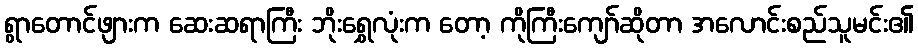
ရွာတောင်ဖျားက ဆေးဆရာကြီး ဘိုးရွှေလုံးက တော့ ကိုကြီးကျော်ဆိုတာ အလောင်းစည်သူမင်း၏